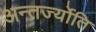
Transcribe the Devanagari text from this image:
अन्तर्ज्योति